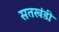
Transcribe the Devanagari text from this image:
सतखंडी